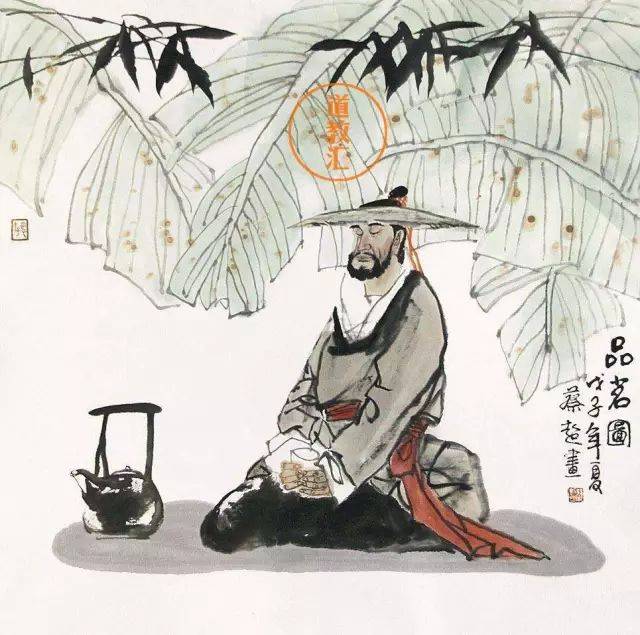
言不信者，行不果。